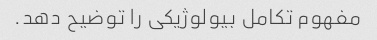
مفهوم تکامل بیولوژیکی را توضیح دهد.